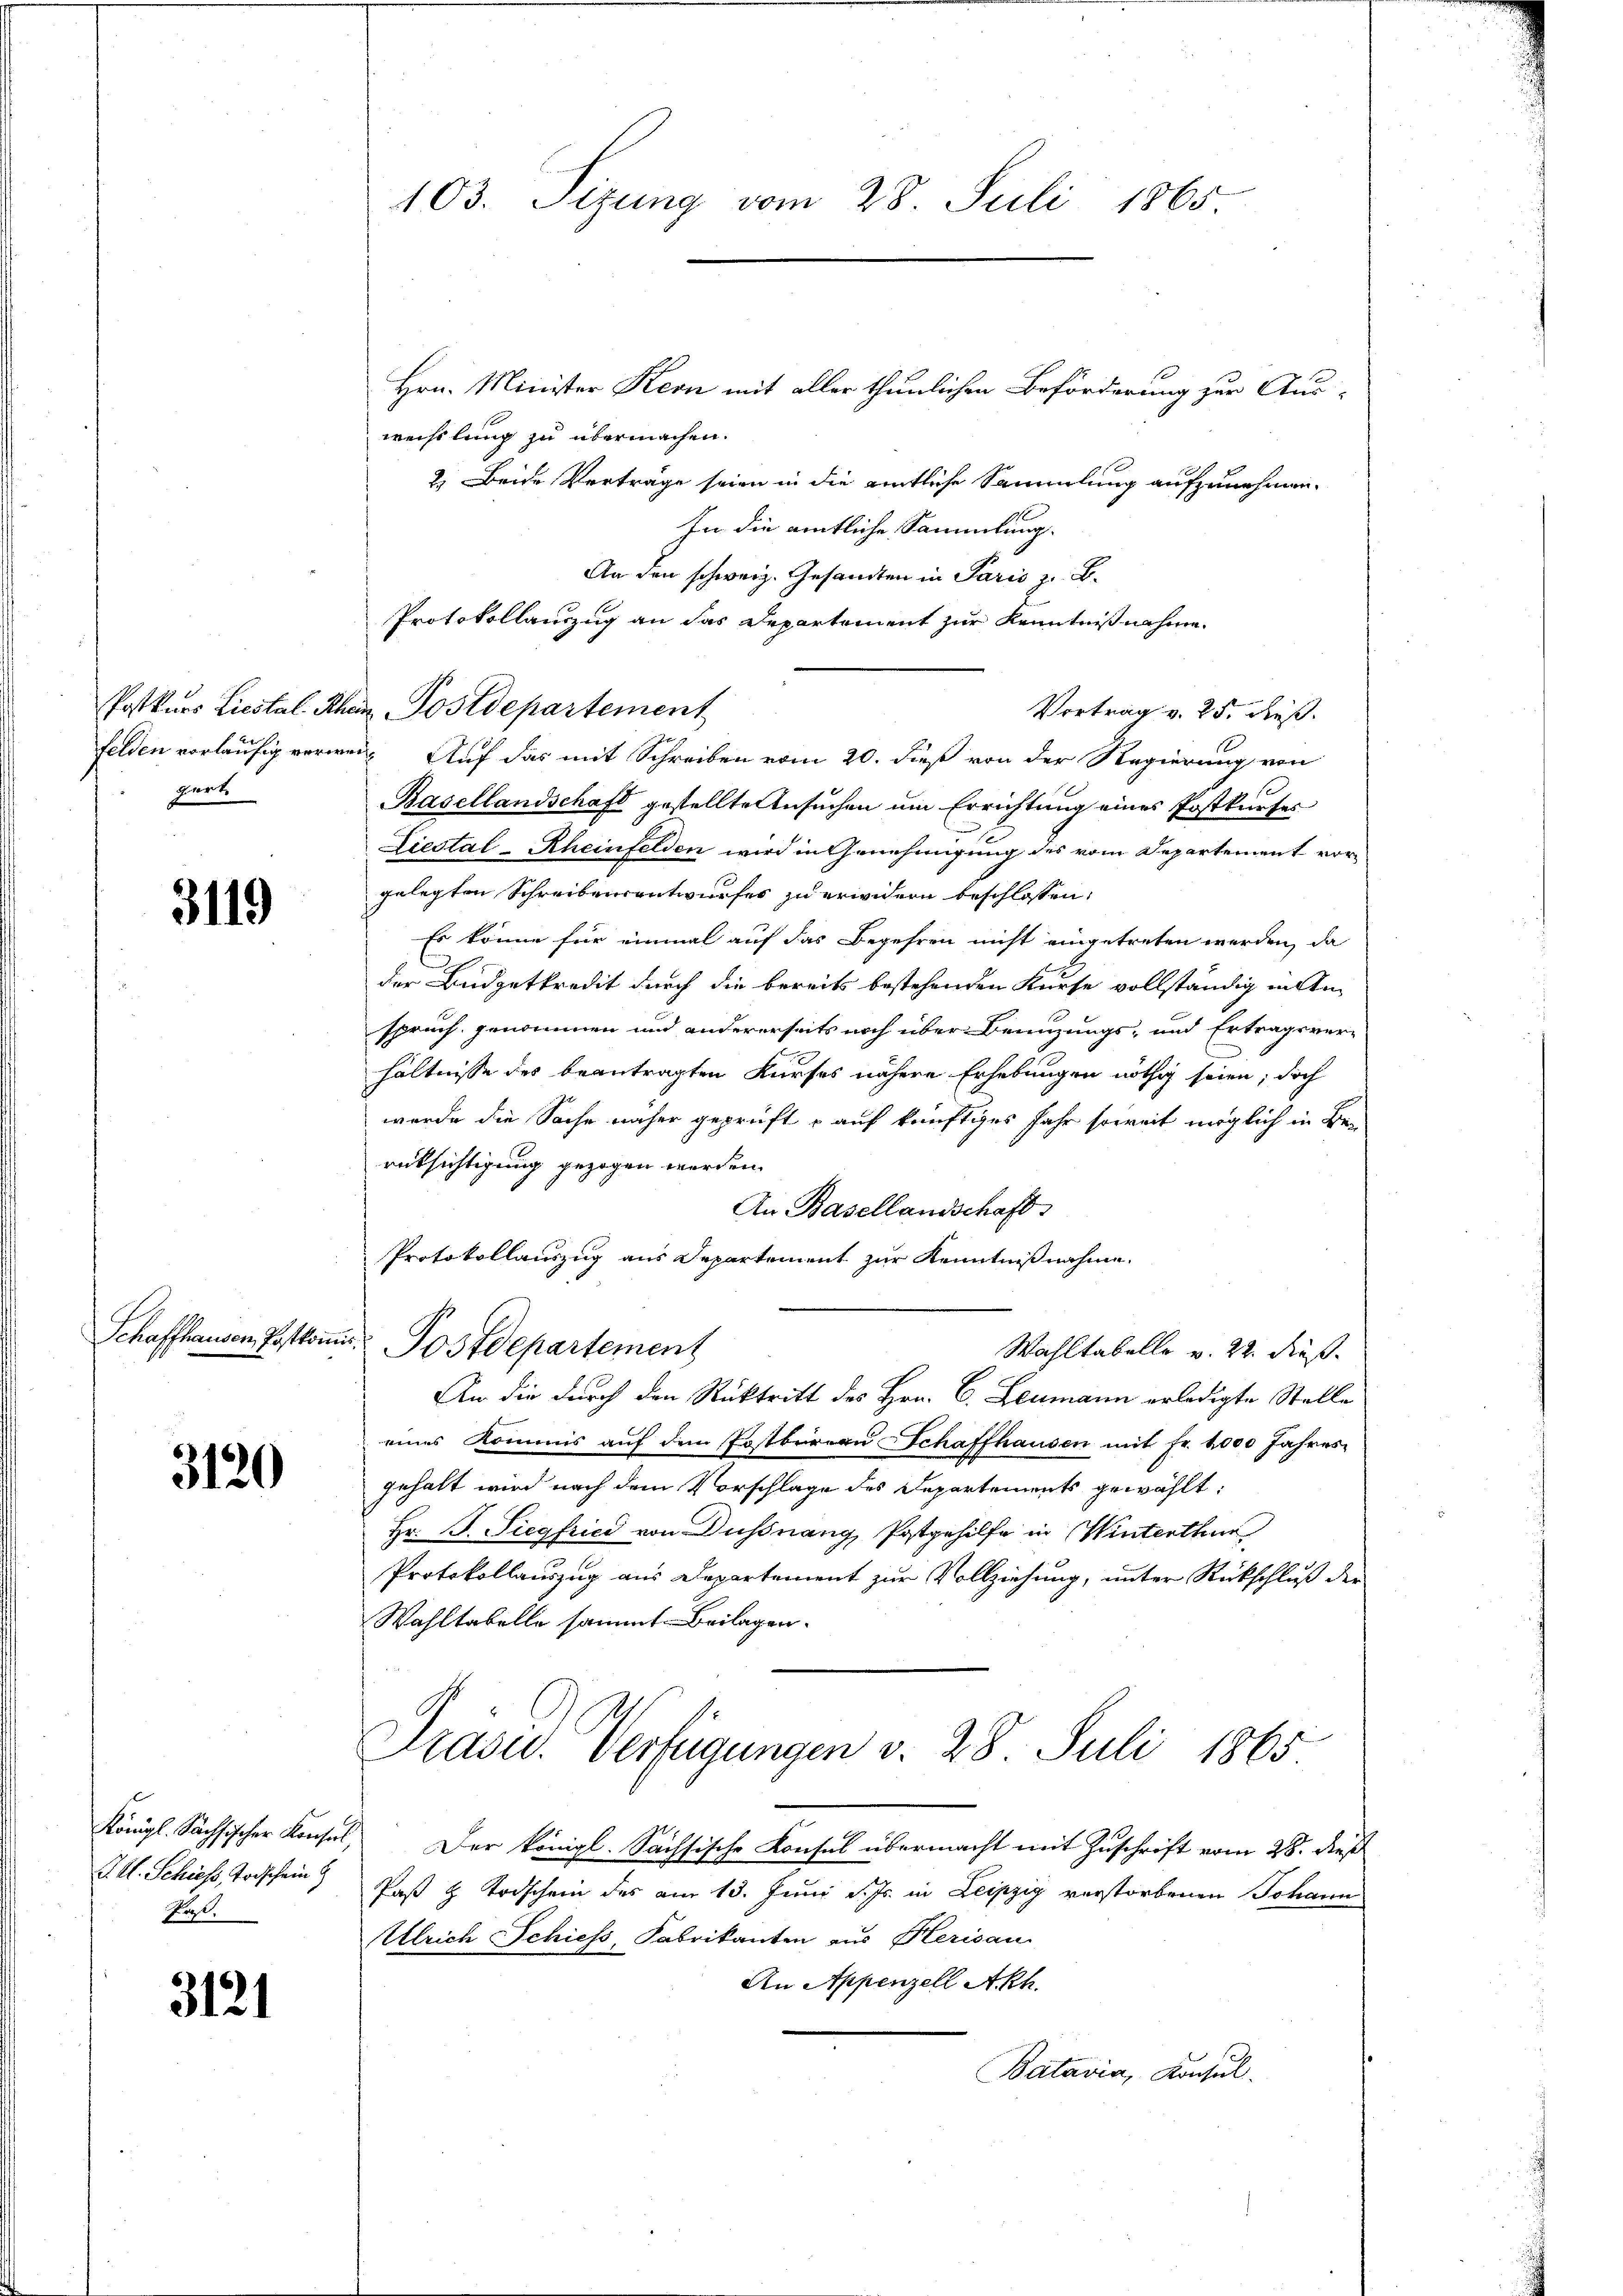
gert.

3119

Schaffhausen, Postkom

3120

G. H. Schiess, Todschein
Paß.

3121

103. Sizung vom 28. Juli 1865.

Hrn. Minister Kern mit aller thunlichen Beförderung zur Auswechslung zu übermachen.
2.) Beide Verträge seien in die amtliche Sammlung aufzunehmen.
In die amtliche Sammlung.
An den schweiz. Gesandten in Paris z. B.
Protokollauszug an das Departement zur Kenntnißnahme
Vortrag v. 25. dieß.
felden vorläufig verwei- Auf das mit Schreiben vom 20. dieß von der Regierung von
Basellandschaft gestellte Ansuchen um Errichtung eines Postkurfes
Liestal-Rheinfelden wird in Genehmigung des vom Departement vorgelegten Schreibensentwurfes zu erwidern beschlossen:
Es könne für einmal auf das Begehren nicht eingetreten werden, da
der Budgetkredit durch die bereits bestehenden Kurse vollständig in An-
spruch genommen und andererseits noch über Benuzungs- und Ertragsver-
hältnisse des beantragten Kurses nähere Erhebungen nöthig seien; doch
werde die Sache näher geprüft - auf künftiges Jahr soweit möglich in Berüksichtigung gezogen werden.
An Basellandschaft
Protokollauszug aus Departement zur Kenntnißnahme.
a Postdepartement
Wahltabelle v. 22. dieß.
An die durch den Rücktritt des Hrn. C. Leumann erledigte Stelle
eines Kommis auf dem Postbureau Schaffhausen mit Fr. 4000 Jahres
gehalt wird nach dem Vorschlage des Departements gewählt:
Hr. F. Siegfried von Dußnang, Postgehilfe in Winterthur
Protokollauszug aus Departement zur Vollziehung, unter Rückschluß der
Wahltabelle sammt Beilagen.
Präsid. Verfügungen v. 28. Juli 1865.
Königl. Sächsischer Konsul, Der königl. Sachsische Konsul übermacht mit Zuschrift vom 28. dieß
Paß & Todschein des am 13. Juni d. Js. in Leipzig verstorbenen Johann
Ulrich Schiess, Fabrikanton aus Herisau
An Appenzell Akh.
Batavia, Konsul

Postkurs Liestal-Rhein Postdepartement